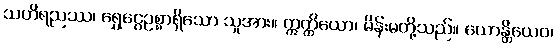
သဟိရညဿ၊ ရွှေငွေဥစ္စာရှိသော သူအား။ ဣတ္ထိယော၊ မိန်းမတို့သည်။ ယောန္တိယေဝ၊